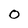
Character: 0